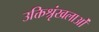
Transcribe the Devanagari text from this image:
उक्तिश्रृंखलाओं